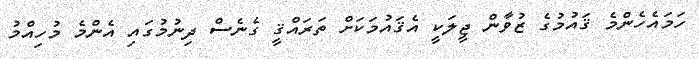
ހަމައެހެންމެ ޤައުމުގެ ޒުވާން ޖީލަކީ އެޤައުމަކަށް ތަރައްޤީ ގެނެސް ދިނުމުގައި އެންމެ މުހިއްމު